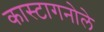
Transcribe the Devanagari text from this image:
कास्टागनोले